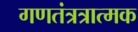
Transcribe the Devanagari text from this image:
गणतंत्रत्रात्मक